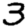
Digit: 3